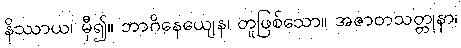
နိဿာယ၊ မှီ၍။ ဘာဂိနေယျေန၊ တူဖြစ်သော။ အဇာတသတ္တုနာ၊